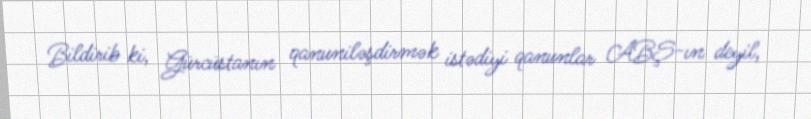
Bildirib ki, Gürcüstanın qanuniləşdirmək istədiyi qanunlar ABŞ-ın deyil,